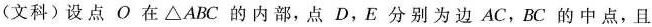
(文科)设点O在\triangle ABC的内部，点D，E分别为边AC，BC的中点，且